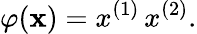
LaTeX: \varphi(\mathbf x)=x^{(1)}\, x^{(2)}.